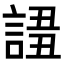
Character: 𧩖